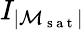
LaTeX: I_{\lvert\mathcal{M}_{\mathrm{~s~a~t~}}\rvert}